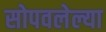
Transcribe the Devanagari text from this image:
सोपवलेल्या